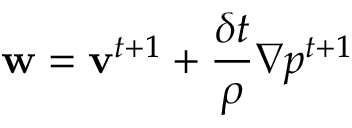
\mathbf { w } = \mathbf { v } ^ { t + 1 } + \frac { \delta t } { \rho } \nabla p ^ { t + 1 }